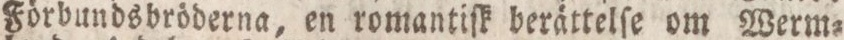
Förbundsbröderna, en romantiſk berättelſe om Werm=